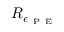
R _ { \epsilon _ { \mathrm { ~ P ~ E ~ } } }